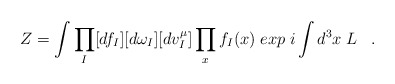
\begin{align*} Z=\int\prod_{I}[df_{I}][d\omega_{I}][dv^{\mu}_{I}]\prod_{x}f_{I}(x) \;exp\;i\int d^{3}x\;L \;\;\;.\end{align*}